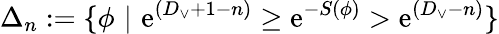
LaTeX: \Delta_{n}:=\{ \phi\, \, |\, \, \mathrm{e}^{(D_{\vee}+1-n)}\geq\mathrm{e}^{-S(\phi)}>\mathrm{e}^{(D_{\vee}-n)}\}